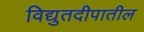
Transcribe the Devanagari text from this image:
विद्युतदीपातील